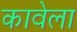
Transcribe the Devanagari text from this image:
कावेला